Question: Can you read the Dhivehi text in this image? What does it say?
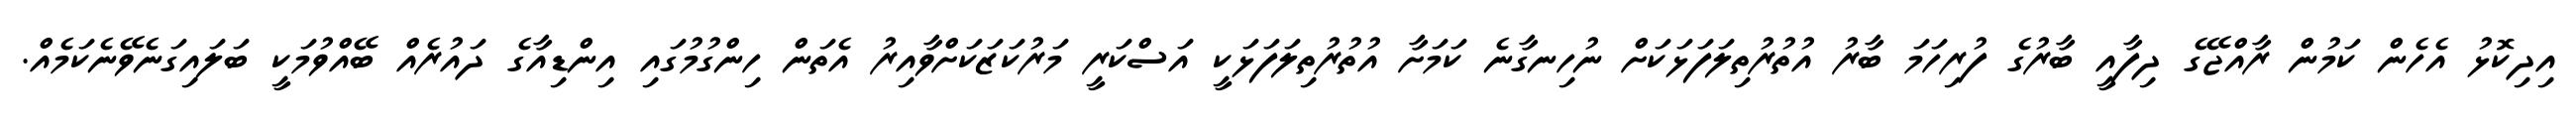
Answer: އިދިކޮޅު އެހެން ކަމުން ރާއްޖޭގެ ދިފާއީ ބާރުގެ ފުރިހަމަ ބާރު އުތުރުތިލަފަޅަކަށް ނުހިނގާނެ ކަމަށާ އުތުރުތިލަފަޅަކީ އަސްކަރީ މަރުކަޒަކަށްވާއިރު އެތަން ހިންގުމުގައި އިންޑިއާގެ ދައުރެއް ބޭއްވުމަކީ ބަލައިގަނެވޭނެކަމެއް.